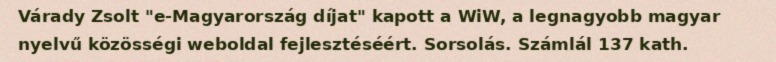
Várady Zsolt "e-Magyarország díjat" kapott a WiW, a legnagyobb magyar nyelvű közösségi weboldal fejlesztéséért. Sorsolás. Számlál 137 kath.